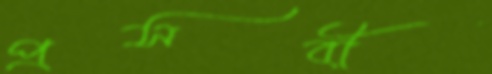
প্রসবী